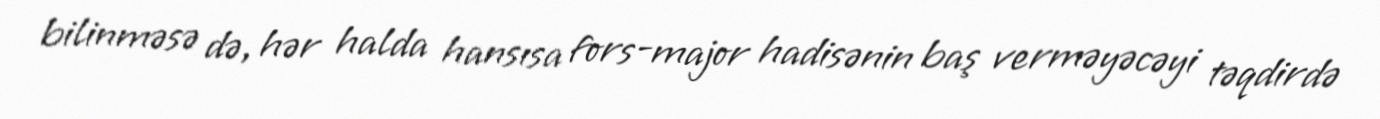
bilinməsə də, hər halda hansısa fors-major hadisənin baş verməyəcəyi təqdirdə